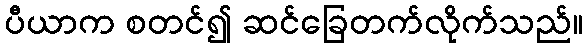
ပီယာက စတင်၍ ဆင်ခြေတက်လိုက်သည်။